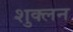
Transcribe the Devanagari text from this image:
शुक्लन